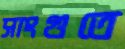
সাংগুতে